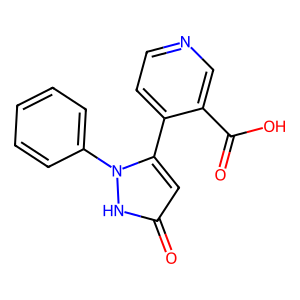
SMILES: O=C(O)c1cnccc1-c1cc(=O)[nH]n1-c1ccccc1
Inhibits HIV replication: No